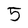
Character: 5